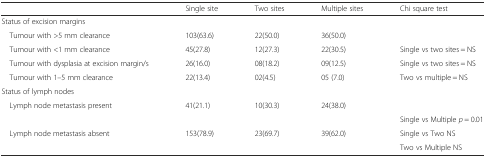
<table><thead><tr><td></td><td><b>Single site</b></td><td><b>Two sites</b></td><td><b>Multiple sites</b></td><td><b>Chi square test</b></td></tr></thead><tbody><tr><td>Status of excision margins</td><td></td><td></td><td></td><td></td></tr><tr><td> Tumour with &gt;5 mm clearance</td><td>103(63.6)</td><td>22(50.0)</td><td>36(50.0)</td><td></td></tr><tr><td> Tumour with &lt;1 mm clearance</td><td>45(27.8)</td><td>12(27.3)</td><td>22(30.5)</td><td>Single vs two sites = NS</td></tr><tr><td> Tumour with dysplasia at excision margin/s</td><td>26(16.0)</td><td>08(18.2)</td><td>09(12.5)</td><td>Single vs two sites = NS</td></tr><tr><td> Tumour with 1–5 mm clearance</td><td>22(13.4)</td><td>02(4.5)</td><td>05 (7.0)</td><td>Two vs multiple = NS</td></tr><tr><td>Status of lymph nodes</td><td></td><td></td><td></td><td></td></tr><tr><td> Lymph node metastasis present</td><td>41(21.1)</td><td>10(30.3)</td><td>24(38.0)</td><td></td></tr><tr><td></td><td></td><td></td><td></td><td>Single vs Multiple <i>p</i> = 0.01</td></tr><tr><td rowspan="2"> Lymph node metastasis absent</td><td rowspan="2">153(78.9)</td><td rowspan="2">23(69.7)</td><td rowspan="2">39(62.0)</td><td>Single vs Two NS</td></tr><tr><td>Two vs Multiple NS</td></tr></tbody></table>